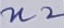
Text: n2